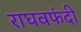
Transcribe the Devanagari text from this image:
राघवफंदी